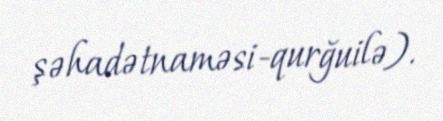
şəhadətnaməsi-qurğuilə).